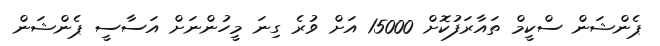
ޕެންޝަން ސްކީމް ތައާރަފުކޮށް 15000 އަށް ވުރެ ގިނަ މީހުންނަށް އަސާސީ ޕެންޝަން